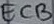
Text: ECB